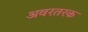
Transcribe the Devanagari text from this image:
अवरतरक